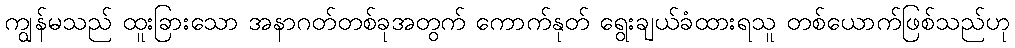
ကျွန်မသည် ထူးခြားသော အနာဂတ်တစ်ခုအတွက် ကောက်နုတ် ရွေးချယ်ခံထားရသူ တစ်ယောက်ဖြစ်သည်ဟု